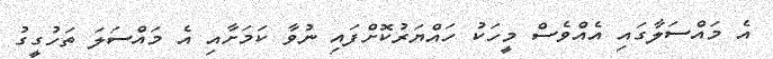
އެ މައްސަލާގައި އެއްވެސް މީހަކު ހައްޔަރުކޮށްފައި ނުވާ ކަމަށާއި އެ މައްސަލަ ތަހުގީގު